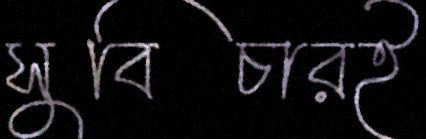
সুবিচারই